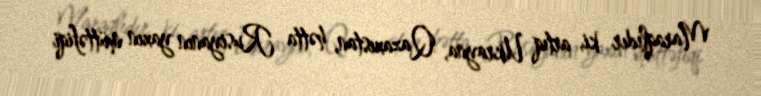
Maraqlıdır ki, artıq Ukrayna, Qazaxıstan, hətta Rusiyanın yaxın müttəfiqi